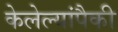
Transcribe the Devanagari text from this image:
केलेल्यांपैकी